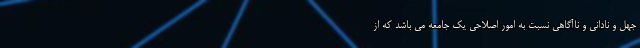
جهل و نادانی و ناآگاهی نسبت به امور اصلاحی یک جامعه می باشد که از